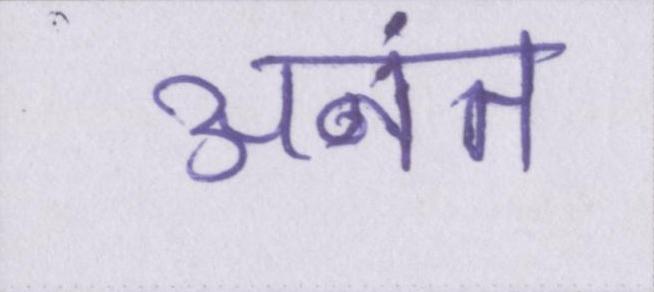
अनंत